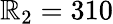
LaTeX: \mathbb{R}_{2}=310